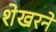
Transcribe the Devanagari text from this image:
शेखरने